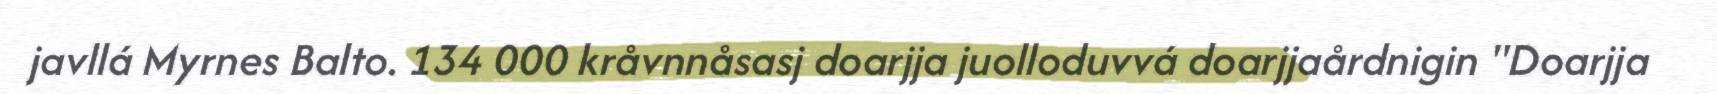
javllá Myrnes Balto. 134 000 kråvnnåsasj doarjja juolloduvvá doarjjaårdnigin "Doarjja